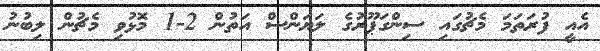
އެއީ ފުރަތަމަ މެޗުގައި ސިންގަޕޫރުގެ ލަޔަންސް އަތުން 2-1 މޮޅުވި މެޗުން ލިބުނު